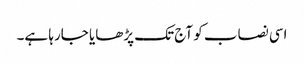
اسی نصاب کو آج تک پڑھایا جارہا ہے۔